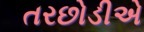
તરછોડીએ